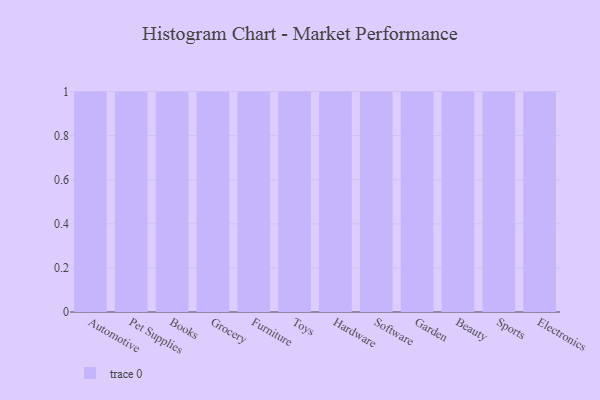
{"axis": {"x": "Category", "y": "Population (Million)"}, "legend": [""], "data": [{"x": "Automotive", "y": 10, "type": ""}, {"x": "Pet Supplies", "y": 36, "type": ""}, {"x": "Books", "y": 84, "type": ""}, {"x": "Grocery", "y": 80, "type": ""}, {"x": "Furniture", "y": 59, "type": ""}, {"x": "Toys", "y": 78, "type": ""}, {"x": "Hardware", "y": 68, "type": ""}, {"x": "Software", "y": 27, "type": ""}, {"x": "Garden", "y": 6, "type": ""}, {"x": "Beauty", "y": 23, "type": ""}, {"x": "Sports", "y": 98, "type": ""}, {"x": "Electronics", "y": 27, "type": ""}]}